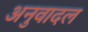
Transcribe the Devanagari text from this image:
अनुवादल